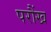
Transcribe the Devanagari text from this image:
परौंख